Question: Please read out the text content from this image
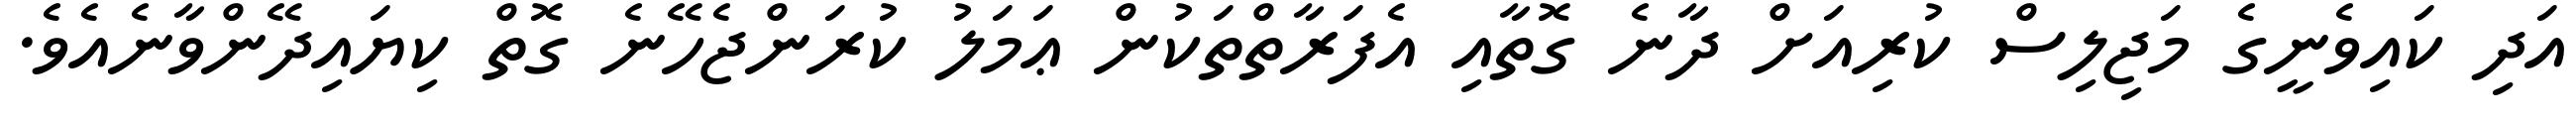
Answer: އަދި ކައިވެނީގެ މަޖިލިސް ކުރިއަށް ދާނެ ގޮތާއި އެފަރާތްތަކުން ޢަމަލު ކުރަންޖެހޭނެ ގޮތް ކިޔައިދޭންވާނެއެވެ.